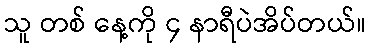
သူ တစ် နေ့ကို ၄ နာရီပဲအိပ်တယ်။